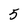
Character: 5